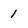
Character: 1